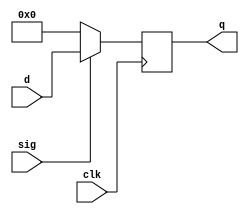
module floprf(clk, sig, d, q);
    parameter width=32;
    input clk;
    input sig;
    input [width-1:0] d;
    output reg [width-1:0] q;
    initial
    begin
        q <= 0;
    end

    always @(negedge clk)
        if (sig==1)
            q <= d;
        else
            q <= 0;
endmodule